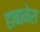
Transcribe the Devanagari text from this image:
हाबानेरा